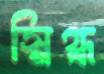
স্নিগ্ধ